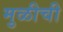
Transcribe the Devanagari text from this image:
मुळीची